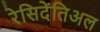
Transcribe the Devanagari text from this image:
रेसिदेंतिअल